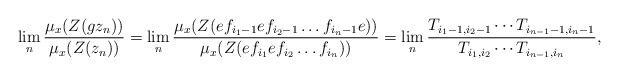
LaTeX: \begin{align*}\lim_n \frac{ \mu_{x}( Z( gz_n) ) } {\mu_{x} (Z(z_n) )}=\lim_n \frac{ \mu_{x}( Z(e f_{i_1-1}e f_{i_2-1}\ldots f_{i_n-1} e) ) } {\mu_{x}( Z( e f_{i_1}e f_{i_2} \ldots f_{i_n}) ) }=\lim_n \frac{T_{i_1-1,i_2-1}\cdots T_{i_{n-1}-1,i_n-1}} {T_{i_1,i_2} \cdots T_{i_{n-1},i_n}} ,\end{align*}